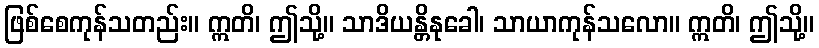
ဖြစ်စေကုန်သတည်း။ ဣတိ၊ ဤသို့။ သာဒိယန္တိနုခေါ၊ သာယာကုန်သလော။ ဣတိ၊ ဤသို့။